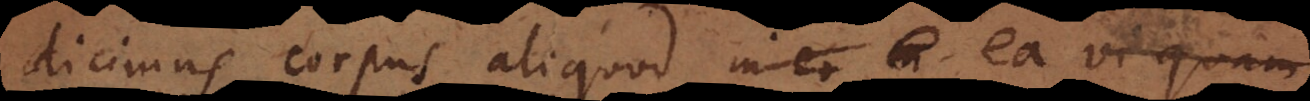
dicimus corpus aliquod in eo in ea vi quam